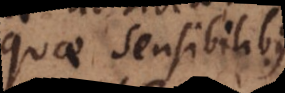
quae sensibilibus